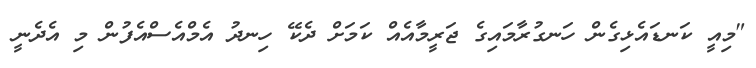
"މިއީ ކަނޑައެޅިގެން ހަނގުރާމައިގެ ޖަރީމާއެއް ކަމަށް ދެކޭ ހިނދު އެމްއެސްއެފުން މި އެދެނީ